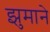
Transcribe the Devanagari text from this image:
झुमाने